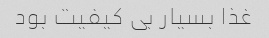
غذا بسیار بی کیفیت بود